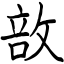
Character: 敨